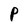
Character: P